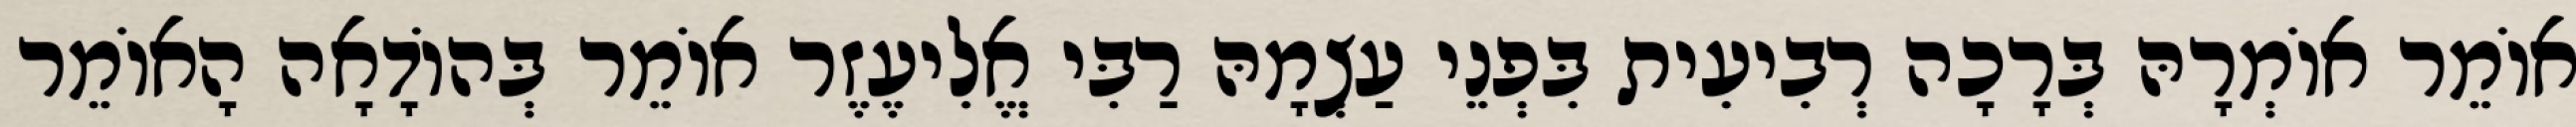
אוֹמֵר אוֹמְרָהּ בְּרָכָה רְבִיעִית בִּפְנֵי עַצְמָהּ רַבִּי אֱלִיעֶזֶר אוֹמֵר בְּהוֹדָאָה הָאוֹמֵר